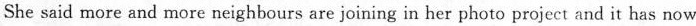
She said more and more neighbours are joining in her photo project and it has now